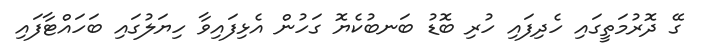
ގޭ ދޮރުމަތީގައި ހެދިފައި ހުރި ބޮޑު ބަނބުކެޔޮ ގަހުން އެޅިފައިވާ ހިޔަލުގައި ބަހައްޓާފައި